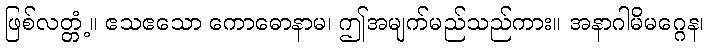
ဖြစ်လတ္တံ့။ ဧသဧသော ကောဓောနာမ၊ ဤအမျက်မည်သည်ကား။ အနာဂါမိမဂ္ဂေန၊